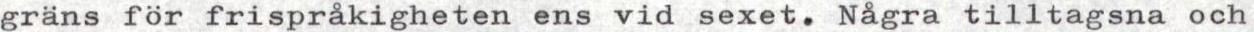
gräns för frispråkigheten ens vid sexet. Några tilltagsna och